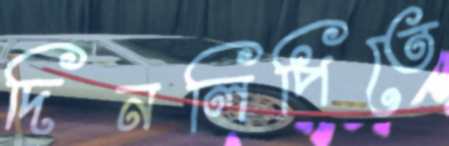
দিনলিপিতে